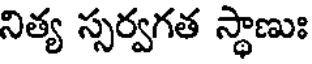
నిత్య స్సర్వగత స్థాణుః